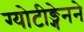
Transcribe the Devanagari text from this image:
ग्योटीङ्गेनने